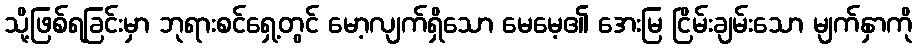
သို့ဖြစ်ရခြင်းမှာ ဘုရားစင်ရှေ့တွင် မော့လျက်ရှိသော မေမေ့၏ အေးမြ ငြိမ်းချမ်းသော မျက်နှာကို